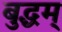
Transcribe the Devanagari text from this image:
बुद्धम्